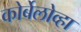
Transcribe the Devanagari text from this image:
कोर्बेलोव्हा